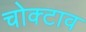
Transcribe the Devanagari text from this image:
चोक्टाव